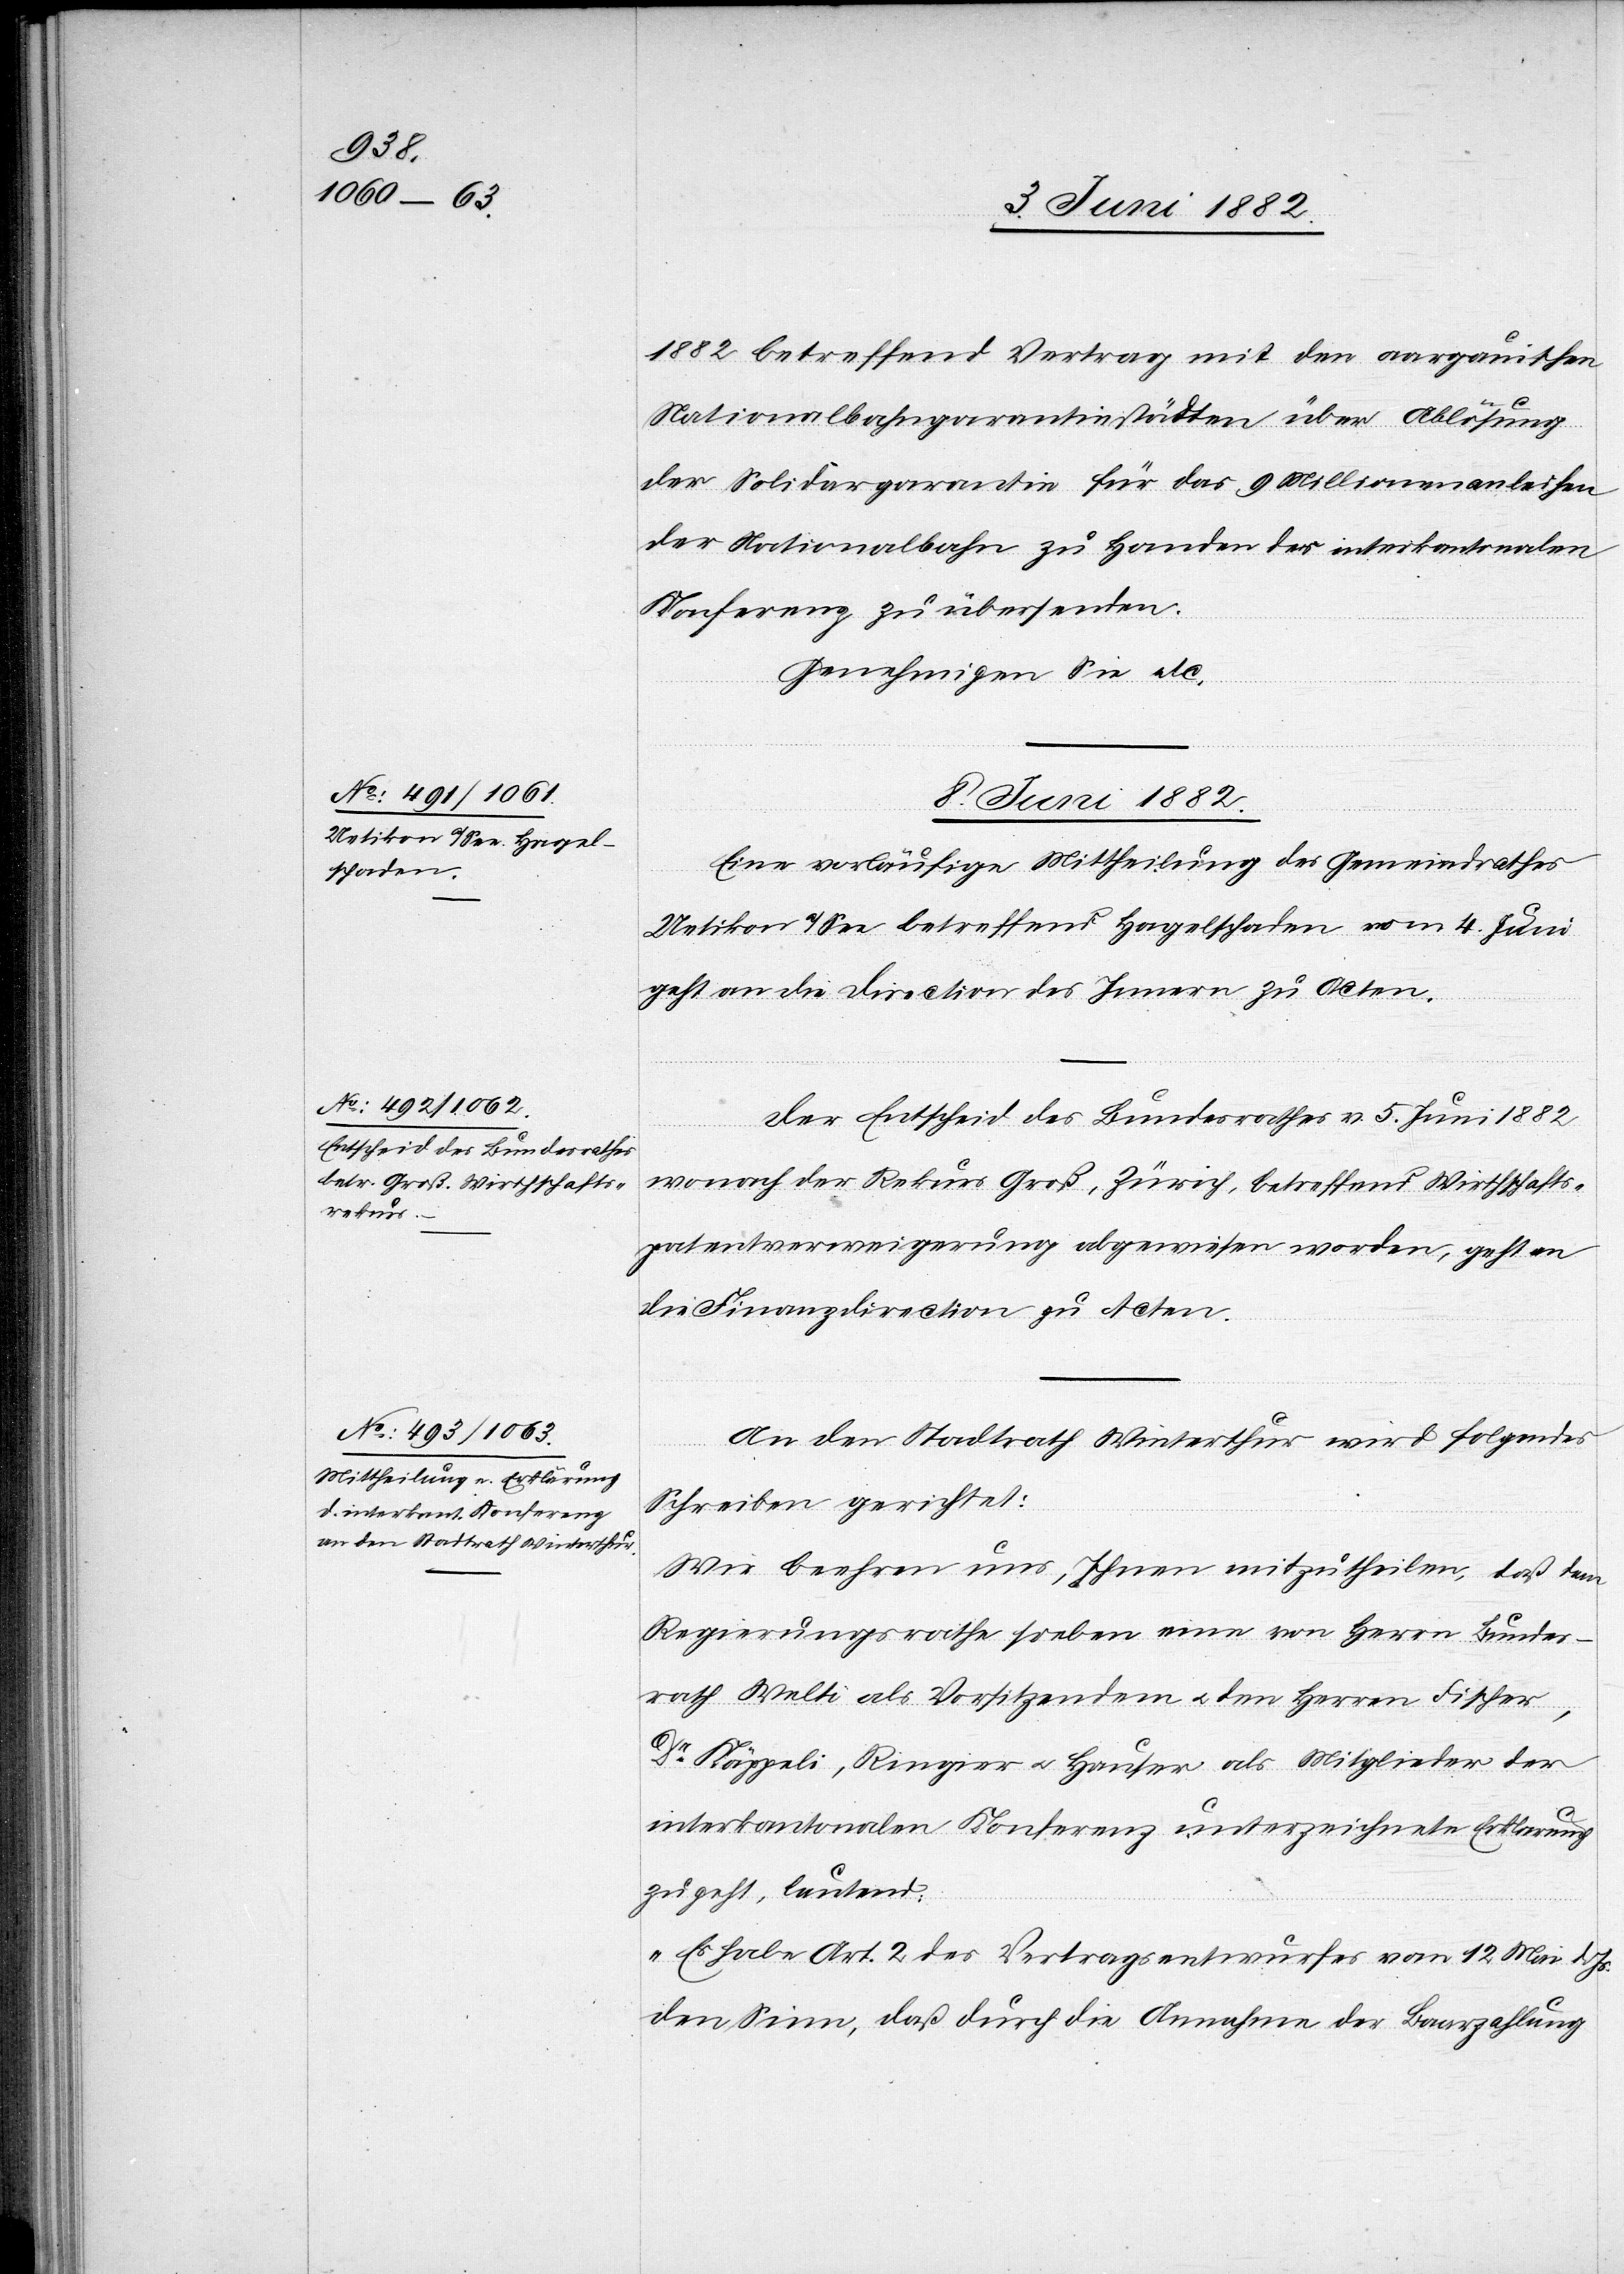
1882 betreffend Vertrag mit den aargauischen
Nationalbahngarantiestädten über Ablösung
der Solidargarantie für das 9 Millionenanleihen
der Nationalbahn zu Handen der interkantonalen
Konferenz zu übersenden.
Genehmigen Sie etc.
8. Juni 1882.]
Eine vorläufige Mittheilung des Gemeindrathes
Uetikon a/See betreffend Hagelschaden vom 4. Juni
geht an die Direction des Innern zu Acten.
Der Entscheid des Bundesrathes v. 5. Juni 1882
wonach der Rekurs Groß, Zürich, betreffend Wirthschafts¬
patentverweigerung abgewiesen worden, geht an
die Finanzdirection zu Acten.
An den Stadtrath Winterthur wird folgendes
Schreiben gerichtet:
Wir beehren uns, Ihnen mitzutheilen, daß dem
Regierungsrathe soeben eine von Herrn Bundes¬
rath Welti als Vorsitzendem u. den Herren Fischer,
Dr Käppeli, Ringier u. Hauser als Mitglieder der
interkantonalen Konferenz unterzeichnete Erklärung
zugeht, lautend:
„Es habe Art. 2 des Vertragsentwurfes vom 12. Mai d.
den Sinn, daß durch die Annahme der Baarzahlung